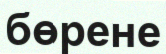
бөрене